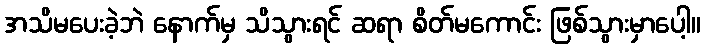
အသိမပေးခဲ့ဘဲ နောက်မှ သိသွားရင် ဆရာ စိတ်မကောင်း ဖြစ်သွားမှာပေါ့။